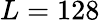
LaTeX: L=128